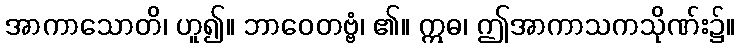
အာကာသောတိ၊ ဟူ၍။ ဘာဝေတဗ္ဗံ၊ ၏။ ဣဓ၊ ဤအာကာသကသိုဏ်း၌။